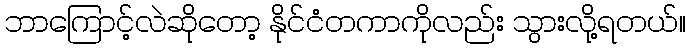
ဘာကြောင့်လဲဆိုတော့ နိုင်ငံတကာကိုလည်း သွားလို့ရတယ်။